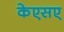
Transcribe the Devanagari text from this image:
केएसए